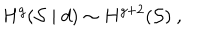
H ^ { g } ( { \cal S } \mid d ) \sim H ^ { g + 2 } ( { \cal S } ) \ ,